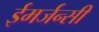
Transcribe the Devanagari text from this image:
ईमर्जन्सी